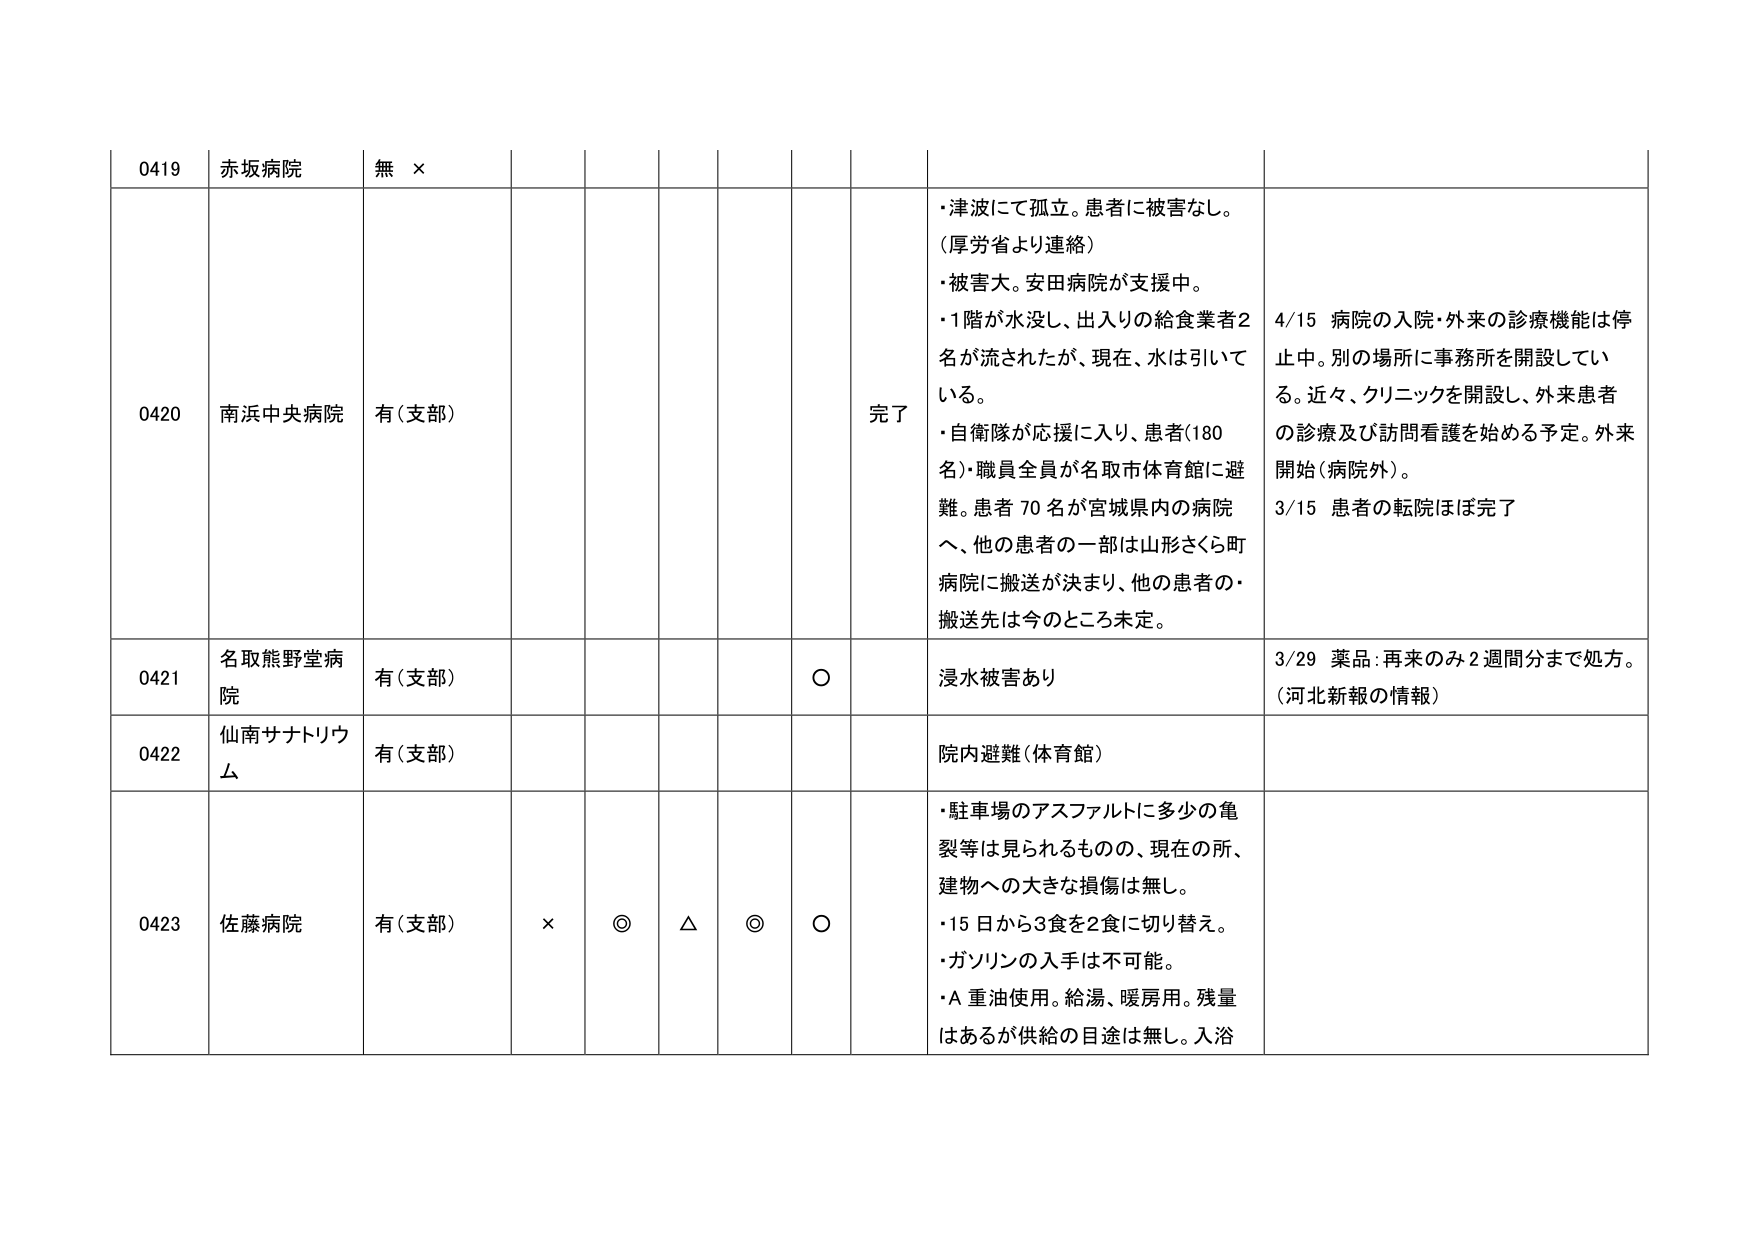
0419 赤坂病院 無 ×

0420 南浜中央病院 有(支部) 完了
・津波にて孤立。患者に被害なし。
（厚労省より連絡）
・被害大。安田病院が支援中。
・1階が水没し、出入りの給食業者2名が流されたが、現在、水は引いている。
・自衛隊が応援に入り、患者(180名)・職員全員が名取市体育館に避難。患者70名が宮城県内の病院へ、他の患者の一部は山形さくら町病院に搬送が決まり、他の患者の搬送先は今のところ未定。
4/15 病院の入院・外来の診療機能は停止中。別の場所に事務所を開設している。近々、クリニックを開設し、外来患者の診療及び訪問看護を始める予定。外来開始（病院外）。
3/15 患者の転院ほぼ完了

0421 名取熊野堂病院 有(支部) ○ 浸水被害あり
3/29 薬品：再来のみ2週間分まで処方。（河北新報の情報）

0422 仙南サナトリウム 有(支部) 院内避難（体育館）

0423 佐藤病院 有(支部) × ◎ △ ◎ ○
・駐車場のアスファルトに多少の亀裂等は見られるものの、現在の所、建物への大きな損傷は無し。
・15日から3食を2食に切り替え。
・ガソリンの入手は不可能。
・A重油使用。給湯、暖房用。残量はあるが供給の目途は無し。入浴